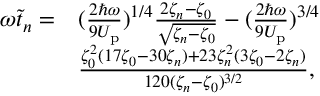
\begin{array} { r l } { \omega \tilde { t } _ { n } = } & { ( \frac { 2 \hbar \omega } { 9 U _ { \mathrm { p } } } ) ^ { 1 / 4 } \frac { 2 \zeta _ { n } - \zeta _ { 0 } } { \sqrt { \zeta _ { n } - \zeta _ { 0 } } } - ( \frac { 2 \hbar \omega } { 9 U _ { \mathrm { p } } } ) ^ { 3 / 4 } } \\ & { \frac { \zeta _ { 0 } ^ { 2 } ( 1 7 \zeta _ { 0 } - 3 0 \zeta _ { n } ) + 2 3 \zeta _ { n } ^ { 2 } ( 3 \zeta _ { 0 } - 2 \zeta _ { n } ) } { 1 2 0 ( \zeta _ { n } - \zeta _ { 0 } ) ^ { 3 / 2 } } , } \end{array}